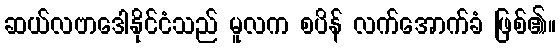
ဆယ်လဗာဒေါနိုင်ငံသည် မူလက စပိန် လက်အောက်ခံ ဖြစ်၏။